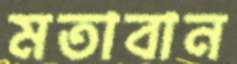
মতাবান